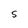
Character: S